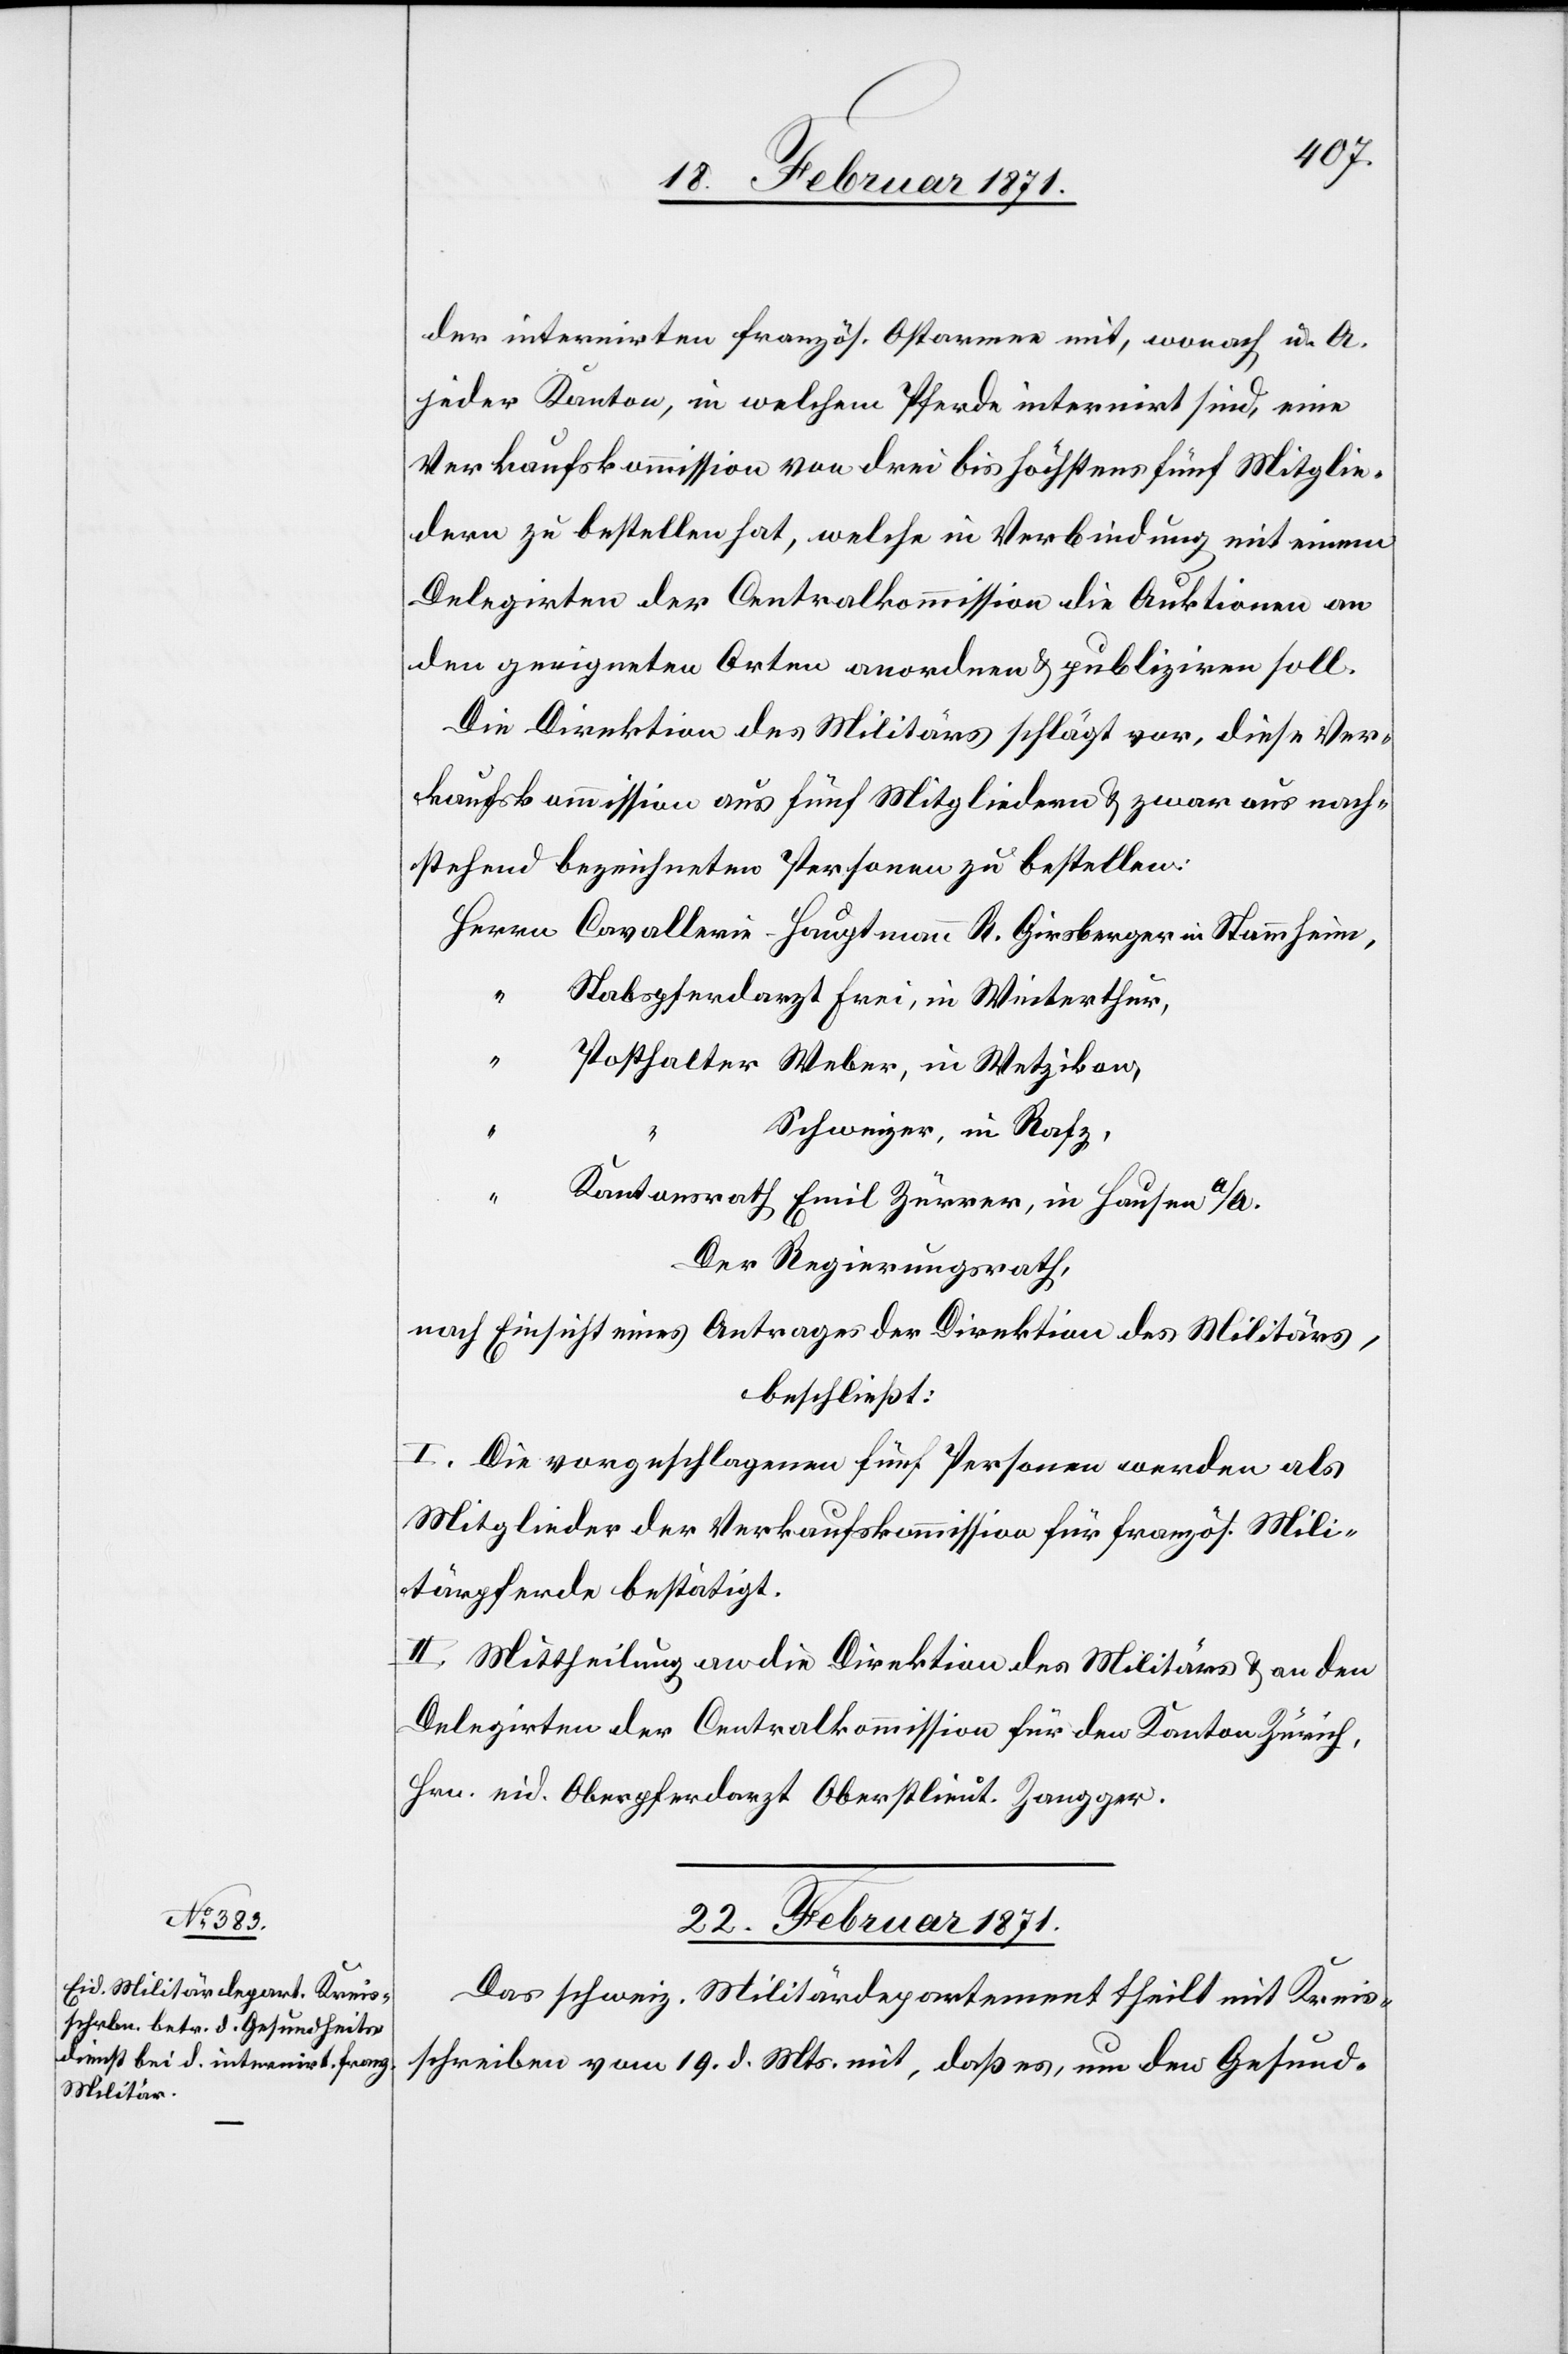
der internirten französ. Ostarmee mit, wonach u. A.
jeder Kanton, in welchem Pferde internirt sind, eine
Verkaufskommission von drei bis höchstens fünf Mitglie¬
dern zu bestellen hat, welche in Verbindung mit einem
Delegirten der Centralkommission die Auktionen an
den geeigneten Orten anordnen u. publiziren soll.
Die Direktion des Militärs schlägt vor, diese Ver¬
kaufskommission aus fünf Mitgliedern u. zwar aus nach¬
stehend bezeichneten Personen zu bestellen:
Cavallerie-Hauptmann R. Girsberger in Stammheim,
Stabspferdarzt Frei, in Winterthur,
Posthalter Weber, in Wetzikon,
Schweizer, in Rafz,
“
Kantonsrath Emil Zürrer, in Hausen a/A.
Der Regierungsrath,
nach Einsicht eines Antrages der Direktion des Militärs,
beschließt:
I. Die vorgeschlagenen fünf Personen werden als
Mitglieder der Verkaufskommission für französ. Mili¬
tärpferde bestätigt.
II. Mittheilung an die Direktion des Militärs u. an den
Delegirten der Centralkommission für den Kanton Zürich,
Hrn. eid. Oberpferdarzt Oberstlieut. Zangger.
22. Februar 1871.
Das schweiz. Militärdepartement theilt mit Kreis¬
schreiben vom 19. d. Mts. mit, daß es um den Gesund-